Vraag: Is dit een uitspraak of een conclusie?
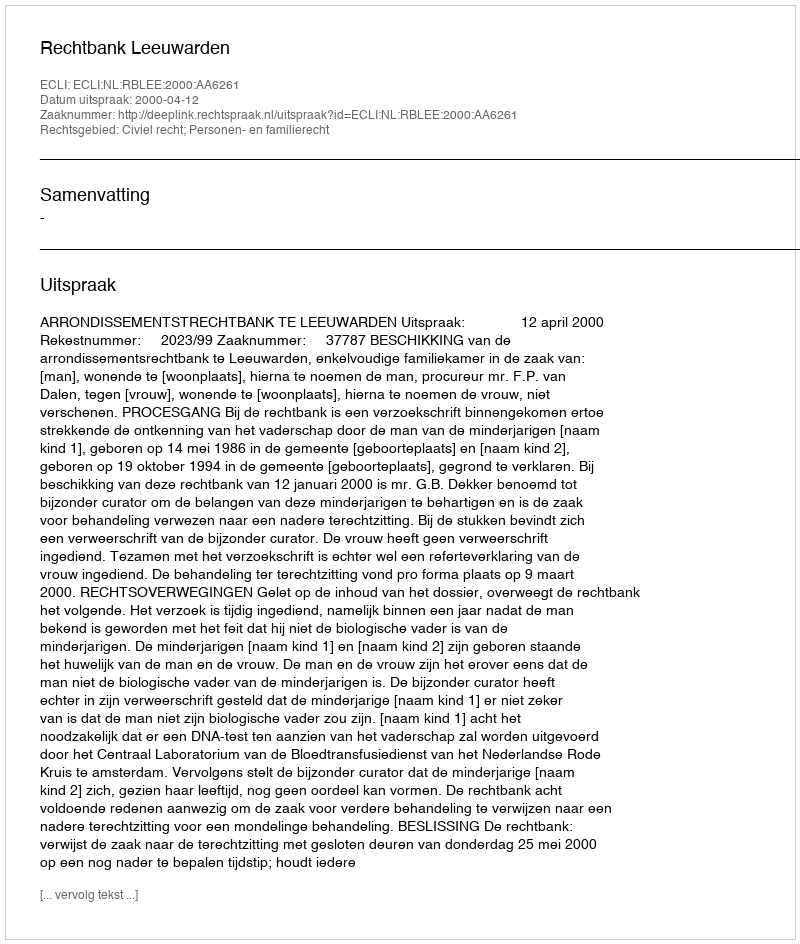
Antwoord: Uitspraak